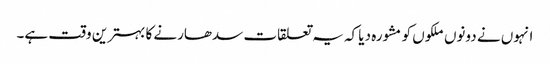
انہوں نے دونوں ملکوں کو مشورہ دیا کہ یہ تعلقات سدھارنے کا بہترین وقت ہے۔